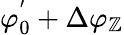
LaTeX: \varphi_{0}^{'}+\Delta\varphi_{\mathbb{Z}}